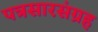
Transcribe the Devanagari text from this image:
पत्रसारसंग्रह